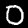
Digit: 0